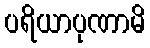
ပရိယာပုဏာမိ